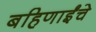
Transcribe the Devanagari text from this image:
बहिणाईंचे